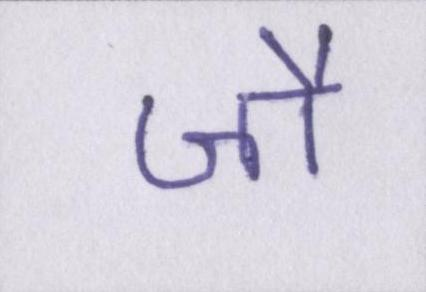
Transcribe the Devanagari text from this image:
जौ